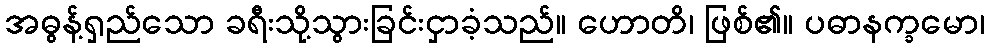
အဓွန့်ရှည်သော ခရီးသို့သွားခြင်းငှာခံ့သည်။ ဟောတိ၊ ဖြစ်၏။ ပဓာနက္ခမော၊